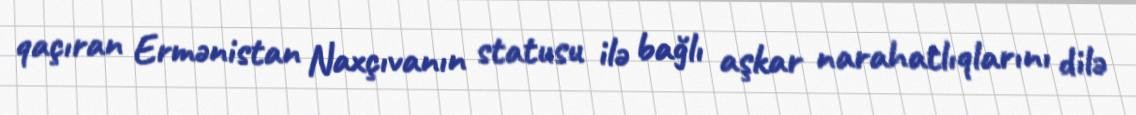
qaçıran Ermənistan Naxçıvanın statusu ilə bağlı aşkar narahatlıqlarını dilə